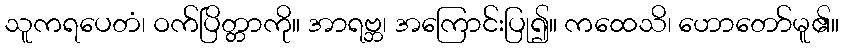
သူကရပေတံ၊ ဝက်ပြိတ္တာကို။ အာရဗ္ဘ၊ အကြောင်းပြု၍။ ကထေသိ၊ ဟောတော်မူ၏။